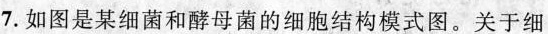
7.如图是某细菌和酵母菌的细胞结构模式图。关于细